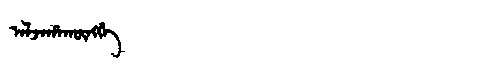
Manchu: ᠠᠯᠵᠠᡥᠠᡴᡡᠩᡤᡝ
Romanization: ALJAHAKŪNGGE